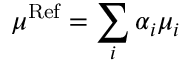
\mu ^ { \mathrm { R e f } } = \sum _ { i } \alpha _ { i } \mu _ { i }